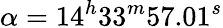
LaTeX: \alpha=14^{h}33^{m}57.01^{s}